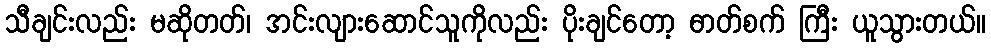
သီချင်းလည်း မဆိုတတ်၊ အင်းလျားဆောင်သူကိုလည်း ပိုးချင်တော့ ဓာတ်စက် ကြီး ယူသွားတယ်။